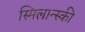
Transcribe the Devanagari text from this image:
स्मिलान्स्की